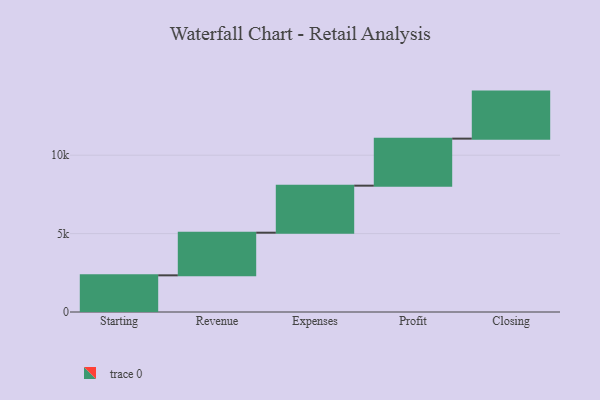
{"axis": {"x": "Step", "y": "Value"}, "legend": [""], "data": [{"x": "Starting", "y": 2339.0, "type": ""}, {"x": "Revenue", "y": 2720.0, "type": ""}, {"x": "Expenses", "y": 3000, "type": ""}, {"x": "Profit", "y": 3000, "type": ""}, {"x": "Closing", "y": 3000, "type": ""}]}